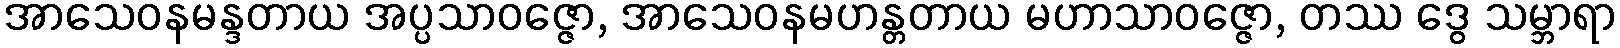
အာသေဝနမန္ဒတာယ အပ္ပသာဝဇ္ဇော, အာသေဝနမဟန္တတာယ မဟာသာဝဇ္ဇော, တဿ ဒွေ သမ္ဘာရာ